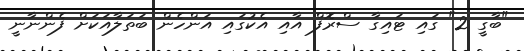
"ބާގީ 2" ގައި ޓައިގާ ސްރޮފް އާއި އެކުގައި އަންހެން ބަތަލާއަކަށް ފެންނާނީ